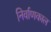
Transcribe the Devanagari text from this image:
निर्वाणकाल